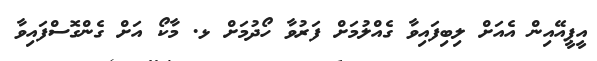
އީޕީއޭއިން އެއަށް ލިބިފައިވާ ގެއްލުމަށް ފަރުވާ ހޯދުމަށް ޅ. މާކޯ އަށް ގެންގޮސްފައިވާ